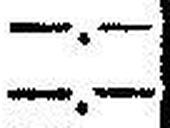
—.—